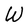
Character: W